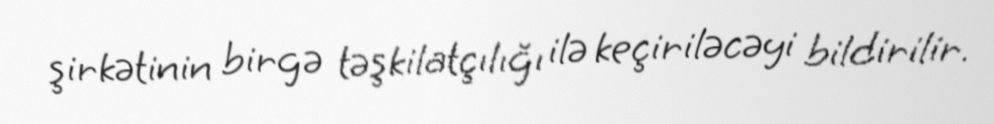
şirkətinin birgə təşkilatçılığı ilə keçiriləcəyi bildirilir.